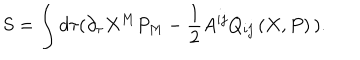
S = \int d \tau ( \partial _ { \tau } X ^ { M } P _ { M } - \frac { 1 } { 2 } A ^ { i j } Q _ { i j } \left( X , P \right) \, ) .